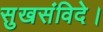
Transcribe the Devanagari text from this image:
सुखसंविदे।